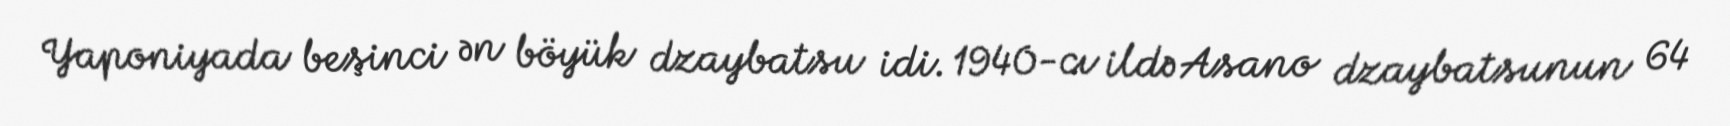
Yaponiyada beşinci ən böyük dzaybatsu idi. 1940-cı ildə Asano dzaybatsunun 64